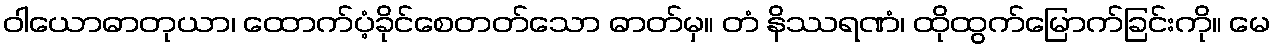
ဝါယောဓာတုယာ၊ ထောက်ပံ့ခိုင်စေတတ်သော ဓာတ်မှ။ တံ နိဿရဏံ၊ ထိုထွက်မြောက်ခြင်းကို။ မေ